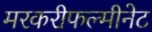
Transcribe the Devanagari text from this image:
मरकरीफल्मीनेट